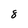
Character: 8